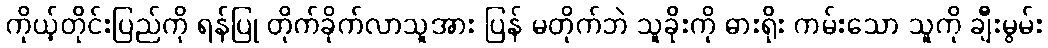
ကိုယ့်တိုင်းပြည်ကို ရန်ပြု တိုက်ခိုက်လာသူအား ပြန် မတိုက်ဘဲ သူခိုးကို ဓားရိုး ကမ်းသော သူကို ချီးမွမ်း